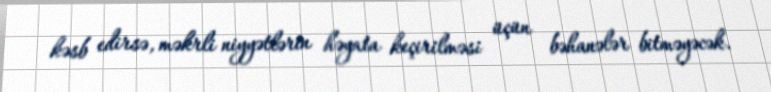
kəsb edirsə, məkrli niyyətlərin həyata keçirilməsi üçün bəhanələr bitməyəcək.